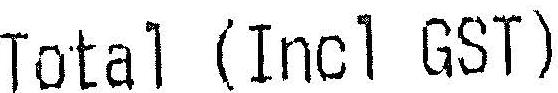
TOTAL (INCL GST)